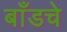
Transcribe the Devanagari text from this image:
बाँडचे